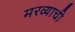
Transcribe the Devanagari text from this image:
मरव्याची